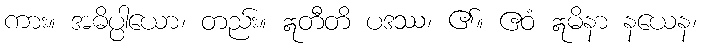
ကား။ အဓိပ္ပါယော၊ တည်း။ ဣတီတိ ပဒဿ၊ ၏။ ဧဝံ ဣမိနာ နယေန၊